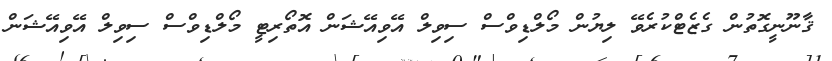
ޤާނޫނީގޮތުން ގެޒެޓްކުރެވޭ ލިޔުން މޯލްޑިވްސް ސިވިލް އޭވިއޭޝަން އޮތޯރިޓީ މޯލްޑިވްސް ސިވިލް އޭވިއޭޝަން